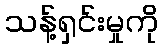
သန့်ရှင်းမှုကို